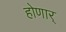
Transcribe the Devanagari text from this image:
होणार्